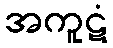
အကူဋံ